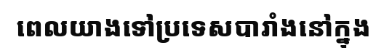
ពេលយាងទៅប្រទេសបារាំងនៅក្នុង